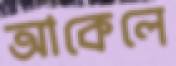
আকেলে